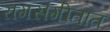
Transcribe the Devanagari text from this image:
रागसंगीतात